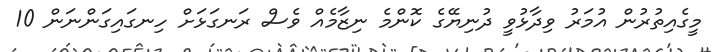
މީގެއިތުރުން އުމަރު ވިދާޅުވީ ދުނިޔޭގެ ކޮންމެ ނިޒާމެއް ވެސް ރަނގަޅަށް ހިނގައިގަންނަން 10